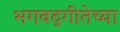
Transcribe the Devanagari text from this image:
भगवद्‌गीतेच्या